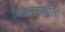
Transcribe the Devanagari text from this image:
विज्ञानकार्याला